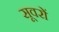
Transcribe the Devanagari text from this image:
सूवरों